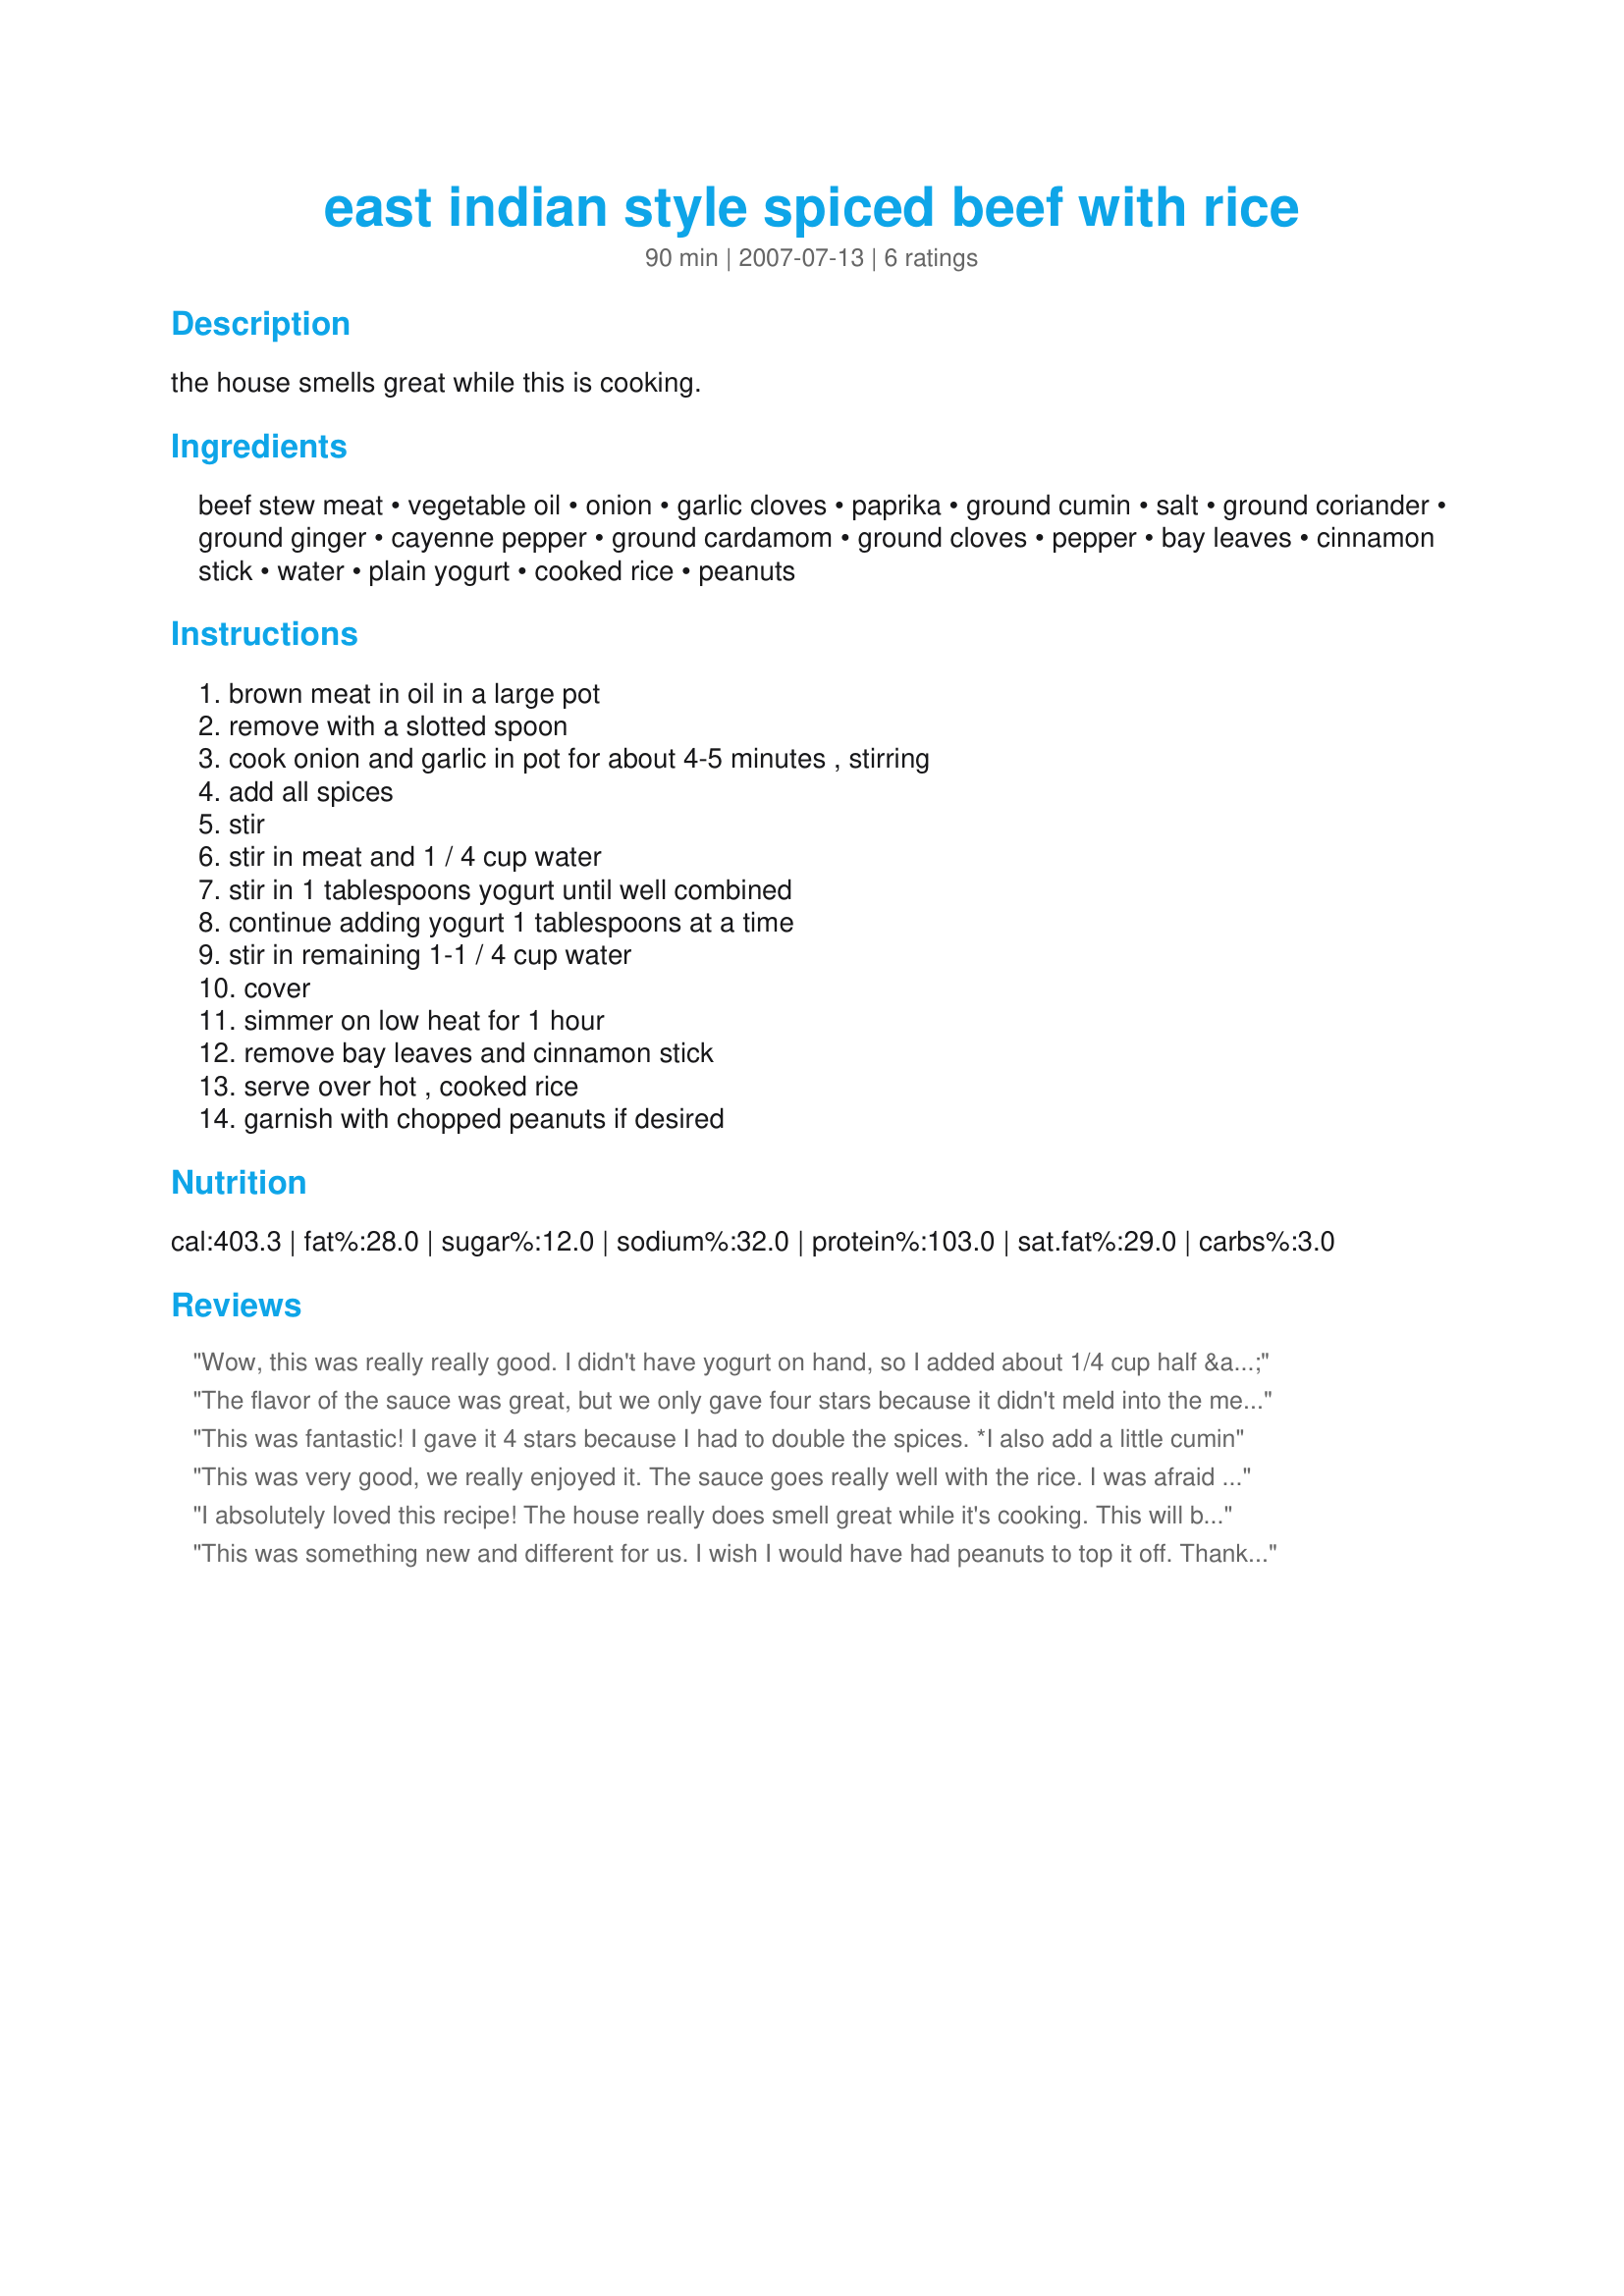
east indian style spiced beef with rice
Preparation time: 90 minutes

the house smells great while this is cooking.

Ingredients:
beef stew meat, vegetable oil, onion, garlic cloves, paprika, ground cumin, salt, ground coriander, ground ginger, cayenne pepper, ground cardamom, ground cloves, pepper, bay leaves, cinnamon stick, water, plain yogurt, cooked rice, peanuts

Steps:
brown meat in oil in a large pot, remove with a slotted spoon, cook onion and garlic in pot for about 4-5 minutes , stirring, add all spices, stir, stir in meat and 1 / 4 cup water, stir in 1 tablespoons yogurt until well combined, continue adding yogurt 1 tablespoons at a time, stir in remaining 1-1 / 4 cup water, cover, simmer on low heat for 1 hour, remove bay leaves and cinnamon stick, serve over hot , cooked rice, garnish with chopped peanuts if desired

Reviews:
Wow, this was really really good. I didn't have yogurt on hand, so I added about 1/4 cup half & half after turning off the heat to mellow the spices. Very delicious! Thanks!
The flavor of the sauce was great, but we only gave four stars because it didn't meld into the meat very well. I had to leave the yogurt out (milk allergy) but we didn't find it too spicy at all even without. Thanks Lisa!
This was fantastic! I gave it 4 stars because I had to double the spices. *I also add a little cumin
This was very good, we really enjoyed it. The sauce goes really well with the rice. I was afraid that it would be too spicy but the yogurt really mellowed it. Thanks for posting.
I absolutely loved this recipe! The house really does smell great while it's cooking. This will be added to our regular rotation of dinners. Even my kids ages 3 and 1 ate it up. Wonderful!
This was something new and different for us. I wish I would have had peanuts to top it off. Thanks for posting the recipe.
